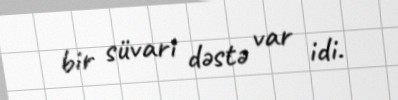
bir süvari dəstə var idi.